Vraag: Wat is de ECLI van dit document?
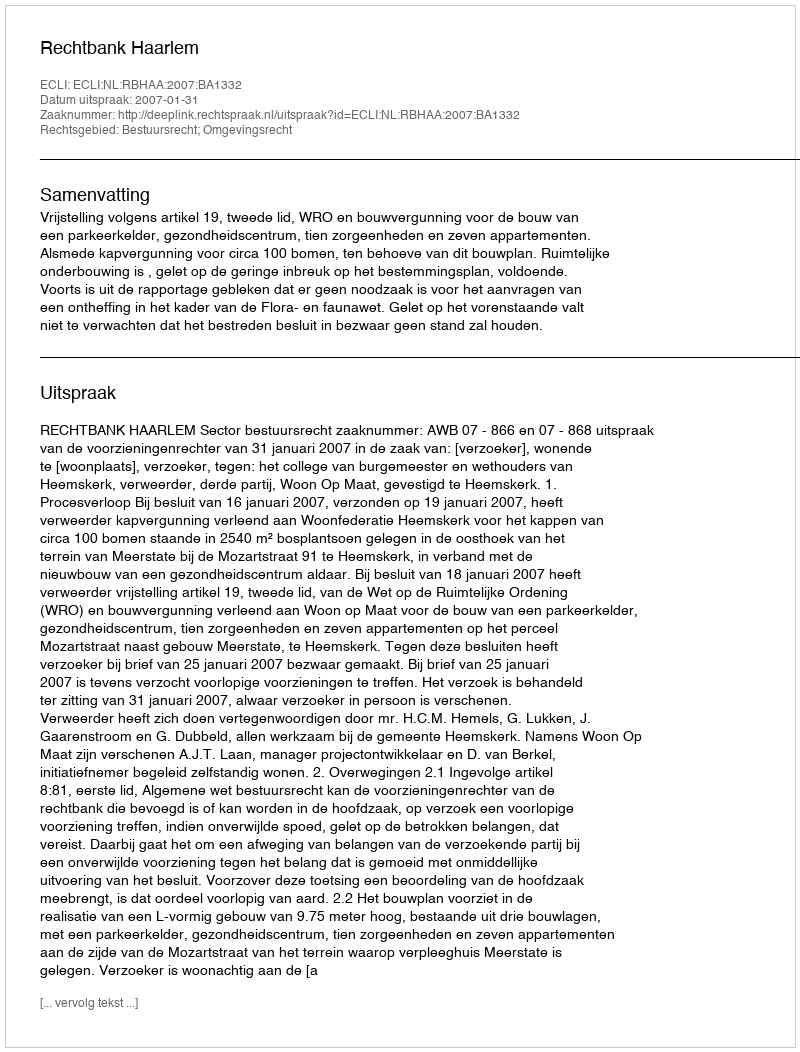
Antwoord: ECLI:NL:RBHAA:2007:BA1332